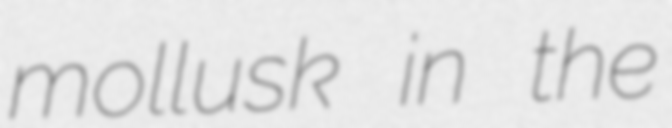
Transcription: mollusk in the